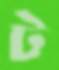
ট